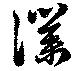
僕